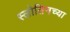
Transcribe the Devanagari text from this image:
स्लोतिनच्या